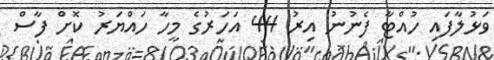
ވަޅުލާފައި ހުއްޓާ ފެނުނު އިރު 44 އަހަރުގެ މީހާ ހައްޔަރު ކޮށް ފާސް